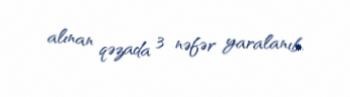
alınan qəzada 3 nəfər yaralanıb.